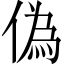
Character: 偽